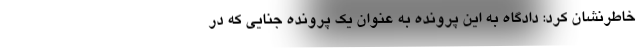
خاطرنشان کرد: دادگاه به این پرونده به عنوان یک پرونده جنایی که در